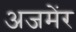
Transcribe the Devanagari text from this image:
अजमेंर